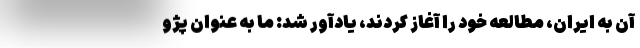
آن به ایران، مطالعه خود را آغاز کردند، یادآور شد: ما به عنوان پژو